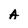
Character: A